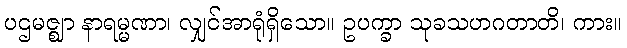
ပဌမဇ္ဈာ နာရမ္မဏာ၊ လျှင်အာရုံရှိသော။ ဥပက္ခာ သုခသဟဂတာတိ၊ ကား။